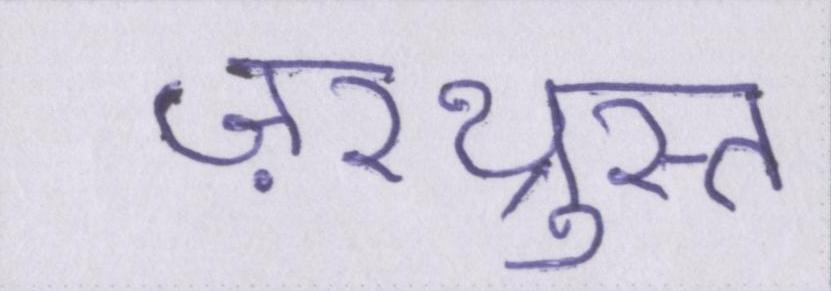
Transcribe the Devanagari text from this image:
ज़रथ्रुस्त